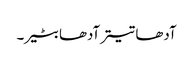
آدھا تیتر آدھا بٹیر۔